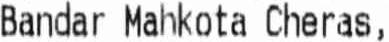
BANDAR MAHKOTA CHERAS,